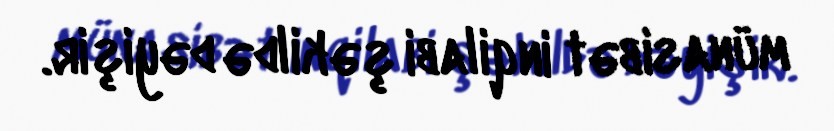
münasibət inqilabi şəkildə dəyişir.